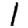
Digit: 1